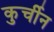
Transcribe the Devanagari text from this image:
कुर्चीन